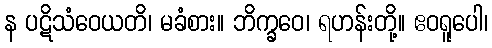
န ပဋိသံဝေယတိ၊ မခံစား။ ဘိက္ခဝေ၊ ရဟန်းတို့။ ဧဝရူပေါ၊